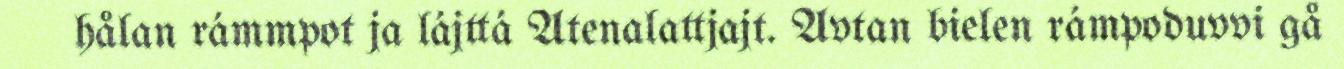
hålan rámmpot ja lájttá Atenalattjajt. Avtan bielen rámpoduvvi gå